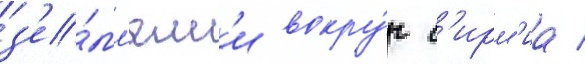
з'е́мл'ям'и вокру́г с'ирм'иа /